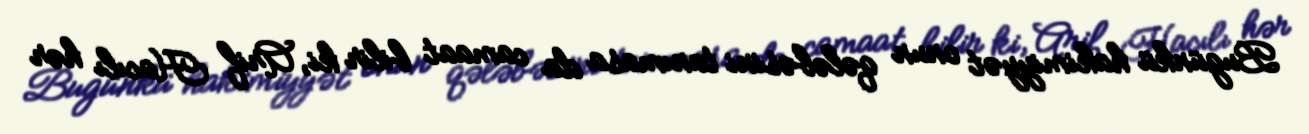
Bugünkü hakimiyyət onun qələbəsini tanımasa da camaat bilir ki, Arif Hacılı hər